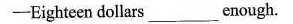
——Eighteen dollars ___ enough.